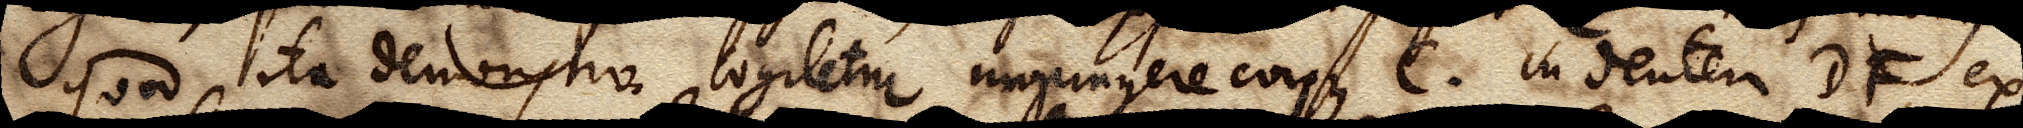
Quod ita demonstro. Cogitetur impingere corpus C. in dentem DF, ex